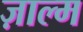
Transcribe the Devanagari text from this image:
ज़ाल्म